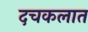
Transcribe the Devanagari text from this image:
दचकलात